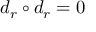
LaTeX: d _ { r } \circ d _ { r } = 0